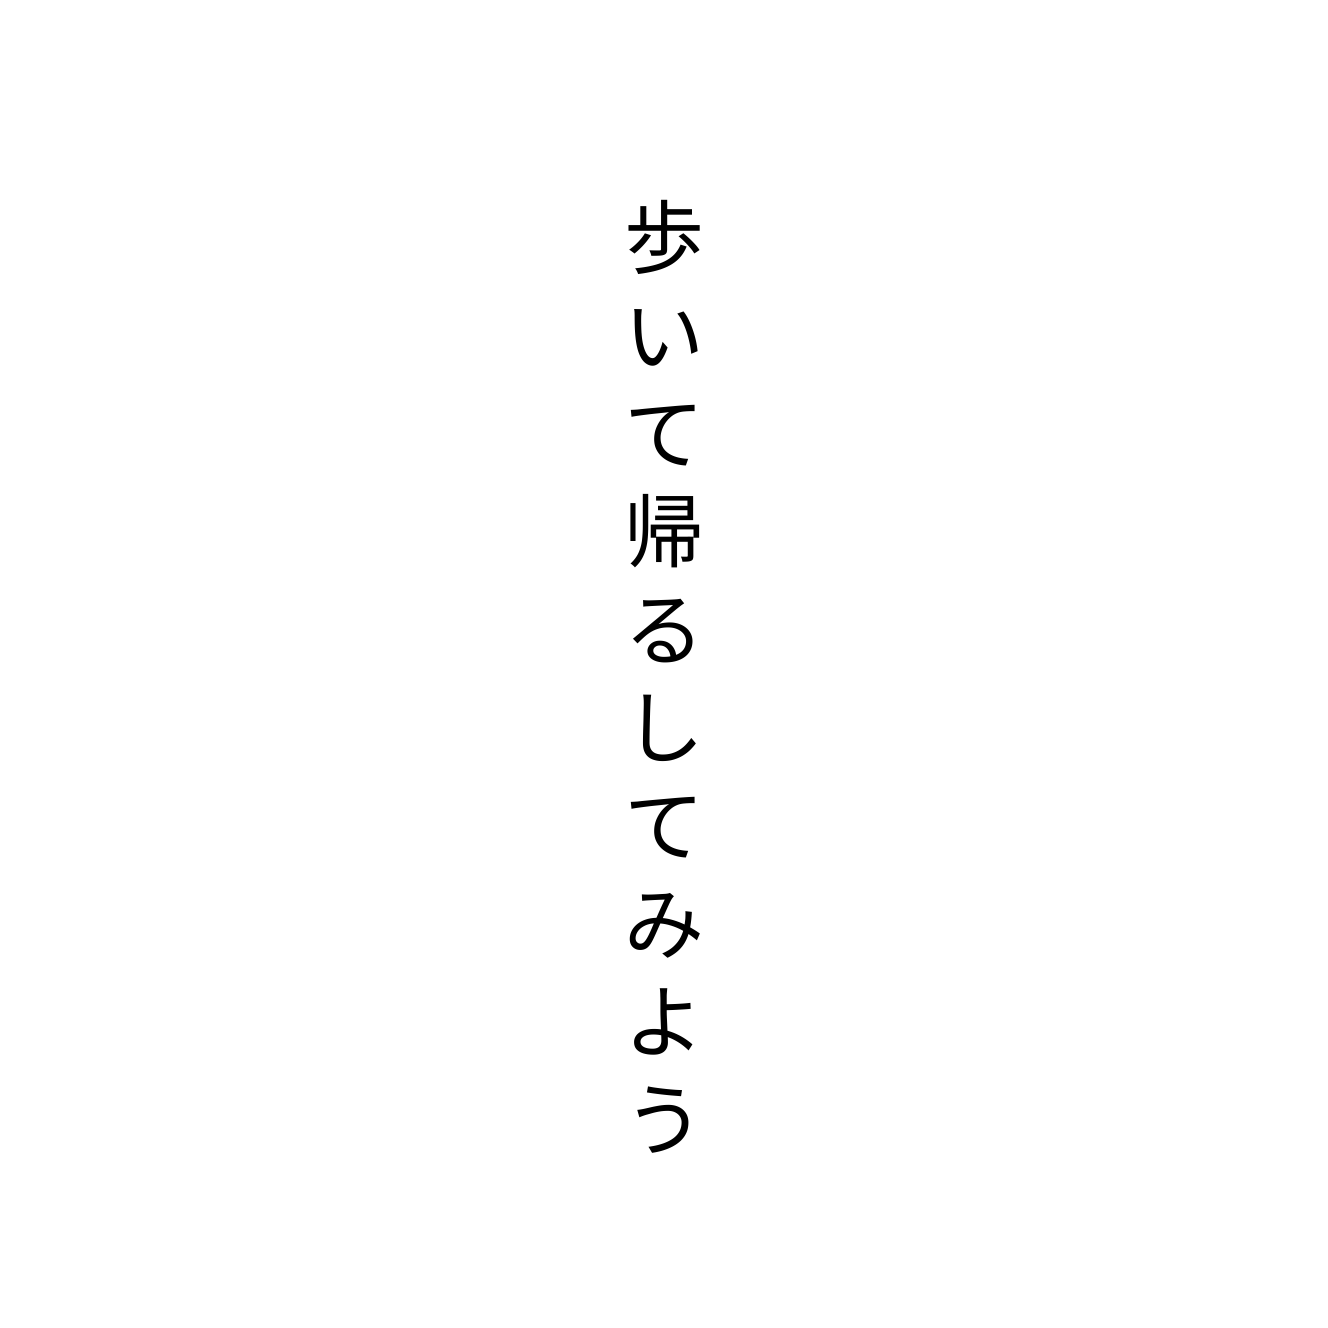
歩いて帰るしてみよう